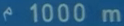
1000m